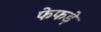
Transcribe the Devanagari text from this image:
फेफडे़